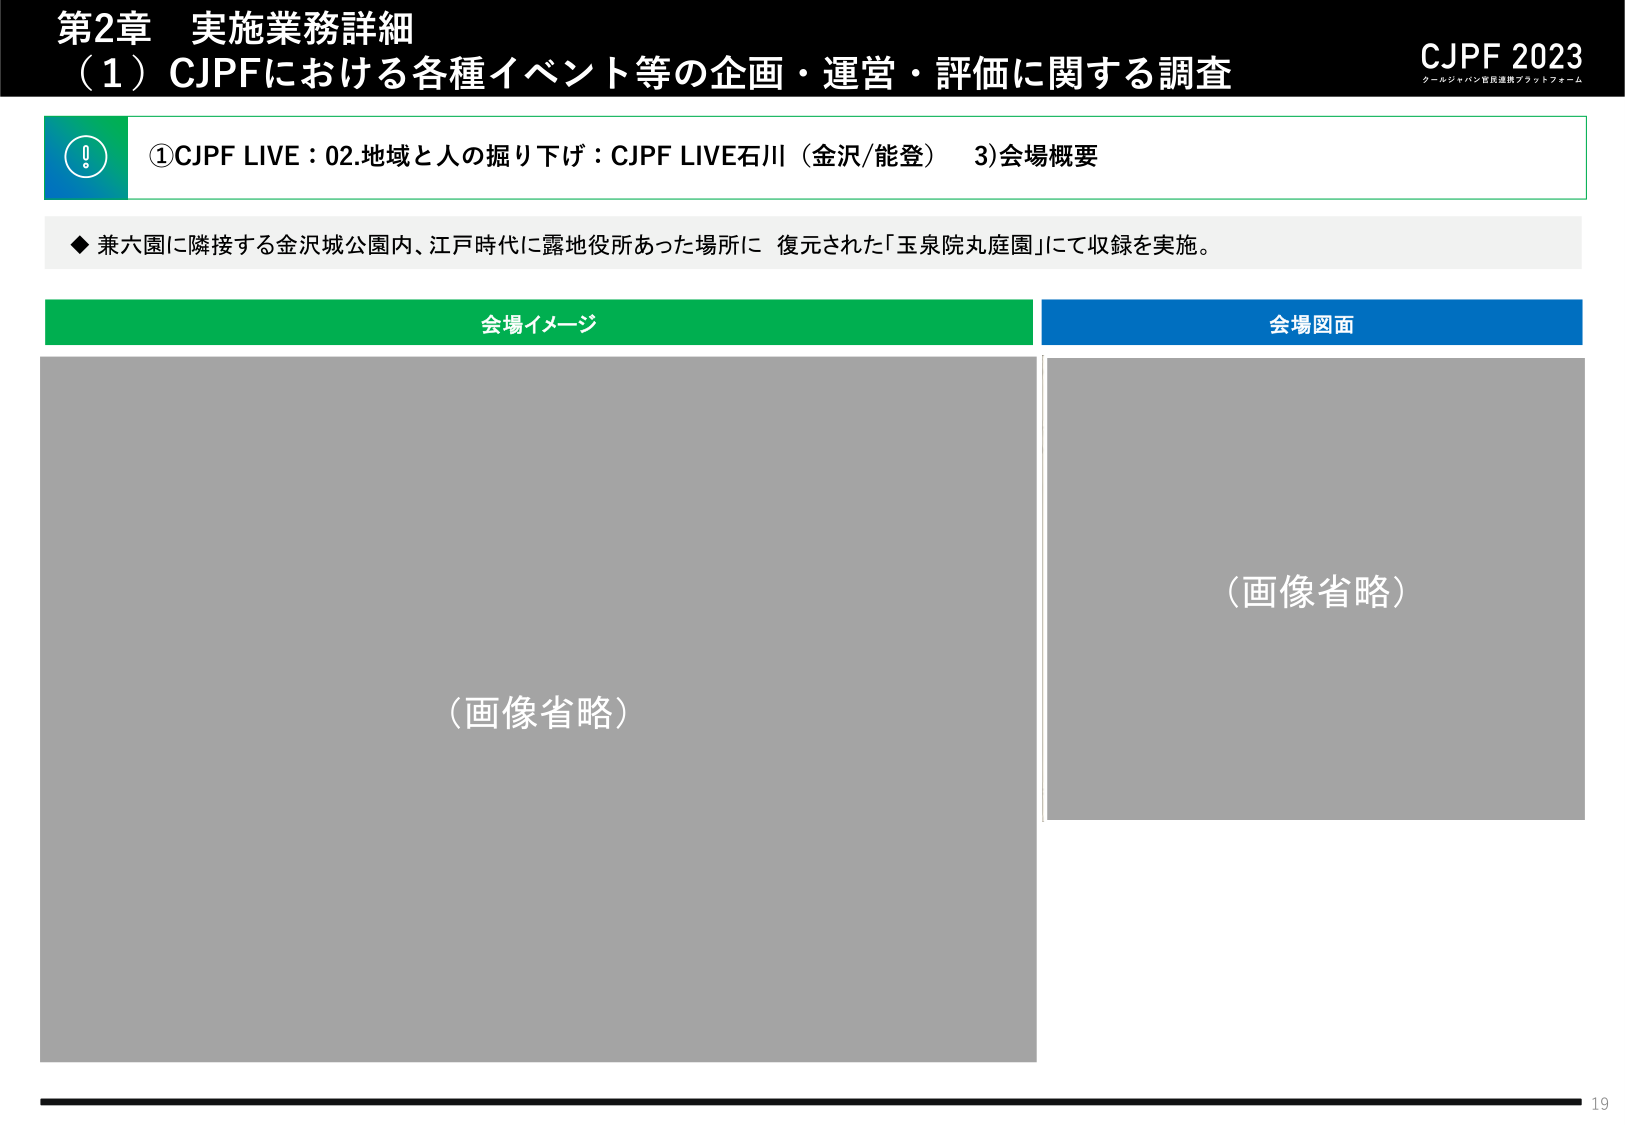
第2章 実施業務詳細
（1）CJPFにおける各種イベント等の企画・運営・評価に関する調査
CJPF 2023
クールジャパン官民連携プラットフォーム

①CJPF LIVE：02.地域と人の掘り下げ：CJPF LIVE石川（金沢/能登） 3)会場概要

◆ 兼六園に隣接する金沢城公園内、江戸時代に露地役所あった場所に 復元された「玉泉院丸庭園」にて収録を実施。

会場イメージ
（画像省略）

会場図面
（画像省略）

19